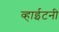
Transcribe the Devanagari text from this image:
व्हाईटनी